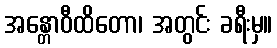
အန္တောဝီထိတော၊ အတွင်း ခရီးမှ။